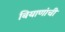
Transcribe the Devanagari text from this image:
बियाणांची